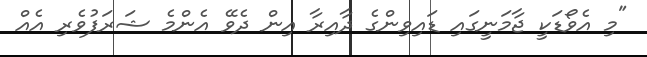
"މި އެވޯޑަކީ ޖާމަނީގައި ޑައިވިންގެ ދާއިރާ އިން ދެވޭ އެންމެ ޝަރަފުވެރި އެއް